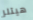
هيتلر